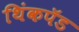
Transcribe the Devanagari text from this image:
थिंकपॅड